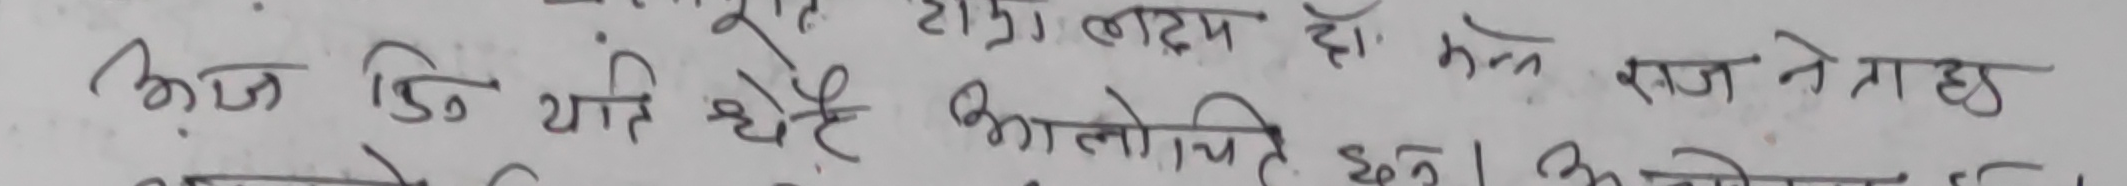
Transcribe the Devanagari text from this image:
आज डि यति है का लक्ष्म हो मन राज नेतृत्व
आलोचित छ । अलोच